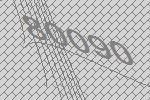
80090